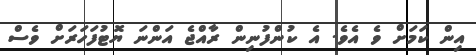
އިން ކަމަށް ވެ އެވެ. އެ ކުންފުނިން ރާއްޖެ އަންނަ ޔޮޓުފަހަރަށް ވެސް